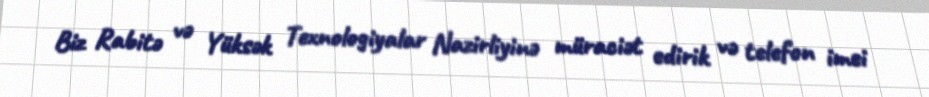
Biz Rabitə və Yüksək Texnologiyalar Nazirliyinə müraciət edirik və telefon imei